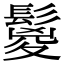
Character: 鬉